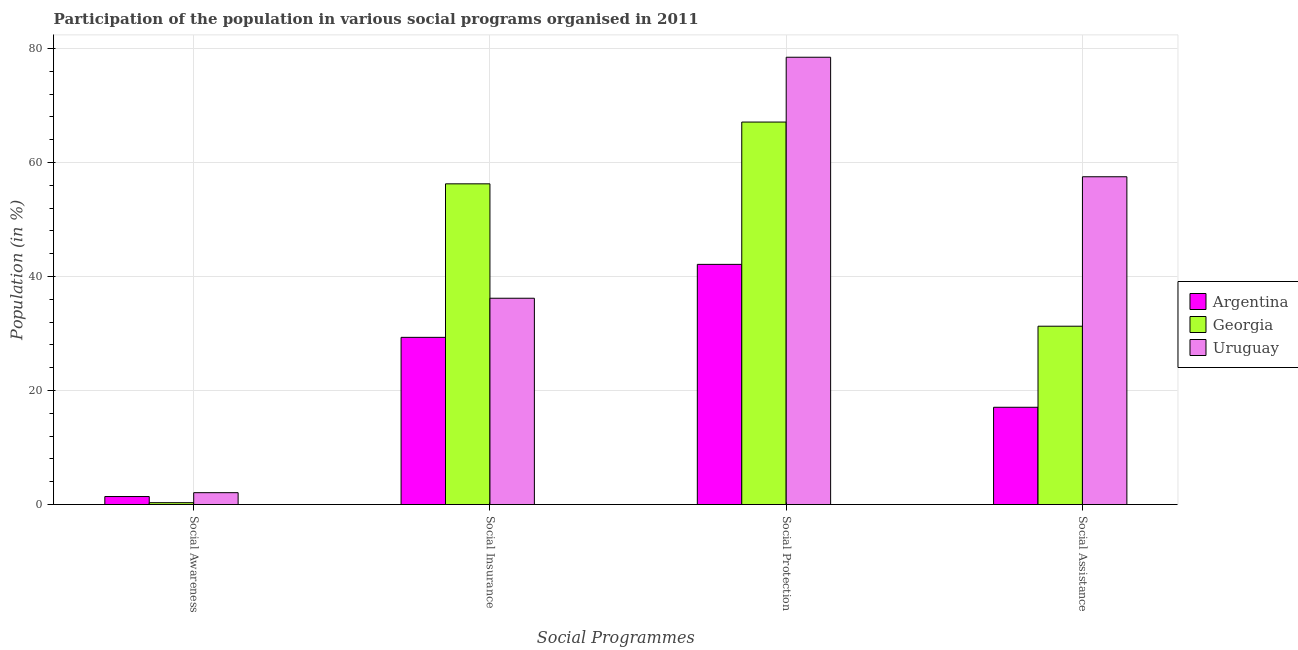
| Social Programmes | Argentina | Georgia | Uruguay |
 | --- | --- | --- | --- |
 | Social Awareness | 1.4 | 0.326 | 2.08 |
 | Social Insurance | 29.3 | 56.3 | 36.2 |
 | Social Protection | 42.1 | 67.1 | 78.5 |
 | Social Assistance | 17.1 | 31.3 | 57.5 |